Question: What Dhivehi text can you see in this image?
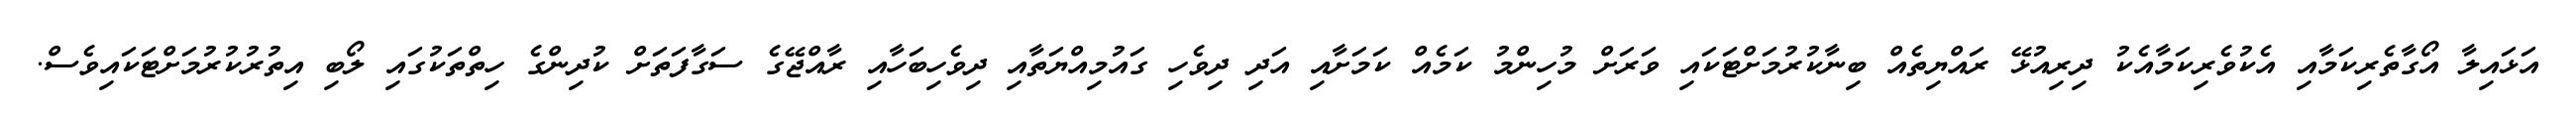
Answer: އަޅައިލާ އޯގާތެރިކަމާއި އެކުވެރިކަމާއެކު ދިރިއުޅޭ ރައްޔިތެއް ބިނާކުރުމަށްޓަކައި ވަރަށް މުހިންމު ކަމެއް ކަމަށާއި އަދި ދިވެހި ގައުމިއްޔަތާއި ދިވެހިބަހާއި ރާއްޖޭގެ ސަގާފަތަށް ކުދިންގެ ހިތްތަކުގައި ލޯބި އިތުރުކުރުމަށްޓަކައިވެސް.